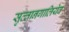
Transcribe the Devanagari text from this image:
सुल्तानगालियेव